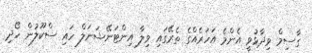
ގާސިމް ވިދާޅުވީ އެންމެ އަހަރެއްގެ ތެރޭގައި ވިލާ އިންޓަނޭޝަނަލް ހައި ސްކޫލުން ހޯދި